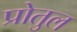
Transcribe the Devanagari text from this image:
प्रोतुल